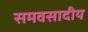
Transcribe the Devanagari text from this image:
समवसादीय